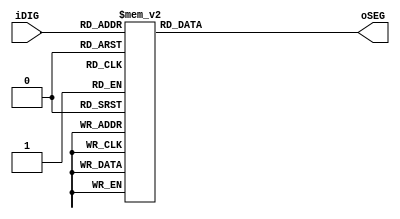
module SEG7_LUT (oSEG, iDIG);

input   [4:0]   iDIG;
output  [6:0]   oSEG;
reg     [6:0]   oSEG;

always @(iDIG)
begin
  case(iDIG)
  5'h00: oSEG = 7'b1000000;
  5'h01: oSEG = 7'b1111001;        // ---0----
  5'h02: oSEG = 7'b0100100;        // |      |
  5'h03: oSEG = 7'b0110000;        // 5      1
  5'h04: oSEG = 7'b0011001;        // |      |
  5'h05: oSEG = 7'b0010010;        // ---6----
  5'h06: oSEG = 7'b0000010;        // |      |
  5'h07: oSEG = 7'b1111000;        // 4      2
  5'h08: oSEG = 7'b0000000;        // |      |
  5'h09: oSEG = 7'b0010000;        // ---3----
  5'h0a: oSEG = 7'b0001000;
  5'h0b: oSEG = 7'b0000011;
  5'h0c: oSEG = 7'b1000110;
  5'h0d: oSEG = 7'b0100001;
  5'h0e: oSEG = 7'b0000110;
  5'h0f: oSEG = 7'b0001110;
  5'h10: oSEG = 7'b1111111; // OFF
  5'h11: oSEG = 7'b0001001; // H
  5'h12: oSEG = 7'b0001011; // ALT h
  5'h13: oSEG = 7'b0100011; // ALT o
  5'h14: oSEG = 7'b1000111; // L
  5'h15: oSEG = 7'b0001100; // P
  5'h16: oSEG = 7'b0000111; // t
  5'h17: oSEG = 7'b1100011; // u
  5'h18: oSEG = 7'b0010001; // y
  5'h19: oSEG = 7'b0111111; // dash (-)
  5'h1a: oSEG = 7'b0100000; // ALT a
  5'h1b: oSEG = 7'b0011100; // Degrees 
  5'h1c: oSEG = 7'b0100111; // ALT c
  5'h1d: oSEG = 7'b0101011; // n
  5'h1e: oSEG = 7'b0000100; // ALT e
  5'h1f: oSEG = 7'b0101111; // r
  endcase
end

endmodule